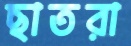
ছাতরা